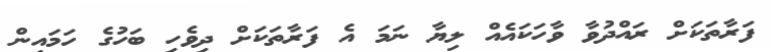
ފަރާތަކަށް ރައްދުވާ ވާހަކައެއް ލިޔާ ނަމަ އެ ފަރާތަކަށް ދިވެހި ބަހުގެ ހަމައިން